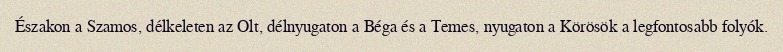
Északon a Szamos, délkeleten az Olt, délnyugaton a Béga és a Temes, nyugaton a Körösök a legfontosabb folyók.